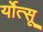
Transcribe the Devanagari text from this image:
र्योत्सू